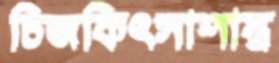
চিজকিৎসাশাস্ত্র